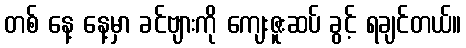
တစ် နေ့ နေ့မှာ ခင်ဗျားကို ကျေးဇူးဆပ် ခွင့် ရချင်တယ်။